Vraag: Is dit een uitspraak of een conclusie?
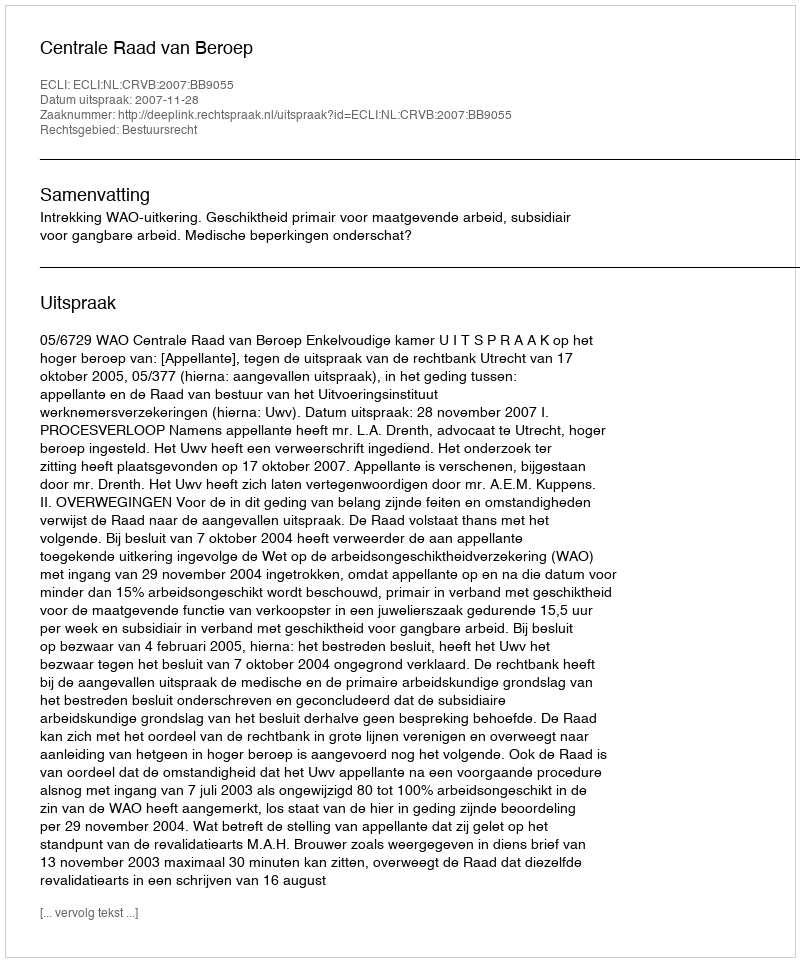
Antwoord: Uitspraak